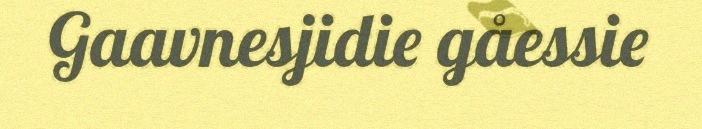
Gaavnesjidie gåessie